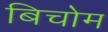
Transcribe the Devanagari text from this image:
बिचोम